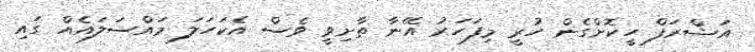
އަޝްރަފް ހީކޮށްގެން ހުރީ މިފަހަރު އޭނާ ތާށިވީ ވެސް އެކަހަލަ މައްސަލައެއް ގައި